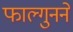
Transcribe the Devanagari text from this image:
फाल्गुनने